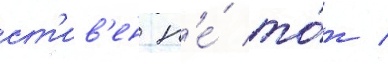
ст'ив'ен н'е́ то́т /